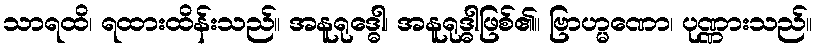
သာရထိ၊ ရထားထိန်းသည်။ အနူရုဒ္ဓေါ၊ အနူရုဒ္ဓါဖြစ်၏။ ဗြာဟ္မဏော၊ ပုဏ္ဏားသည်။